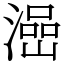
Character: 澏